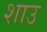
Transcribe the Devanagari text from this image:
शाउ